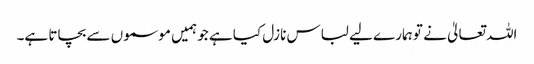
اللہ تعالیٰ نے تو ہمارے لیے لباس نازل کیا ہے جو ہمیں موسموں سے بچاتا ہے۔